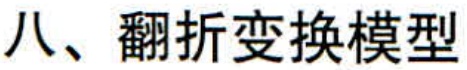
八、翻折变换模型